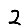
Digit: 2